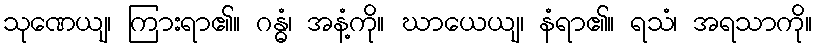
သုဏေယျ၊ ကြားရာ၏။ ဂန္ဓံ၊ အနံ့ကို။ ဃာယေယျ၊ နံရာ၏။ ရသံ၊ အရသာကို။